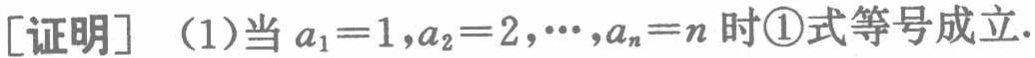
[证明] （1）当 \(a_1 = 1,a_2 = 2,\cdots,a_n = n\) 时\textcircled{1}式等号成立.